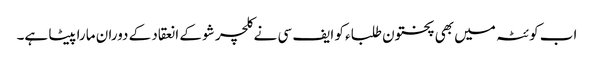
اب کوئٹہ میں بھی پختون طلباء کو ایف سی نے کلچر شو کے انعقاد کے دوران مارا پیٹا ہے۔